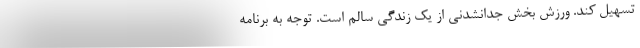
تسهیل کند. ورزش بخش جدانشدنی از یک زندگی سالم است. توجه به برنامه